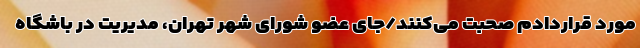
مورد قراردادم صحبت می‌کنند/جای عضو شورای شهر تهران، مدیریت در باشگاه